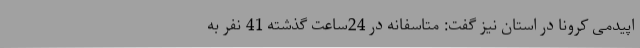
اپیدمی کرونا در استان نیز گفت: متاسفانه در 24ساعت گذشته 41 نفر به